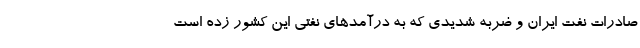
صادرات نفت ایران و ضربه شدیدی که به درآمدهای نفتی این کشور زده است